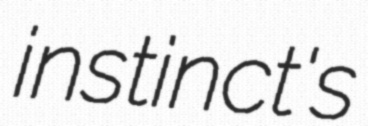
instinct's